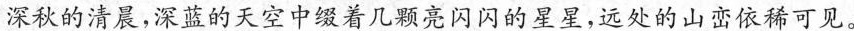
深秋的清晨，深蓝的天空中缀着几颗亮闪闪的星星，远处的山峦依稀可见。